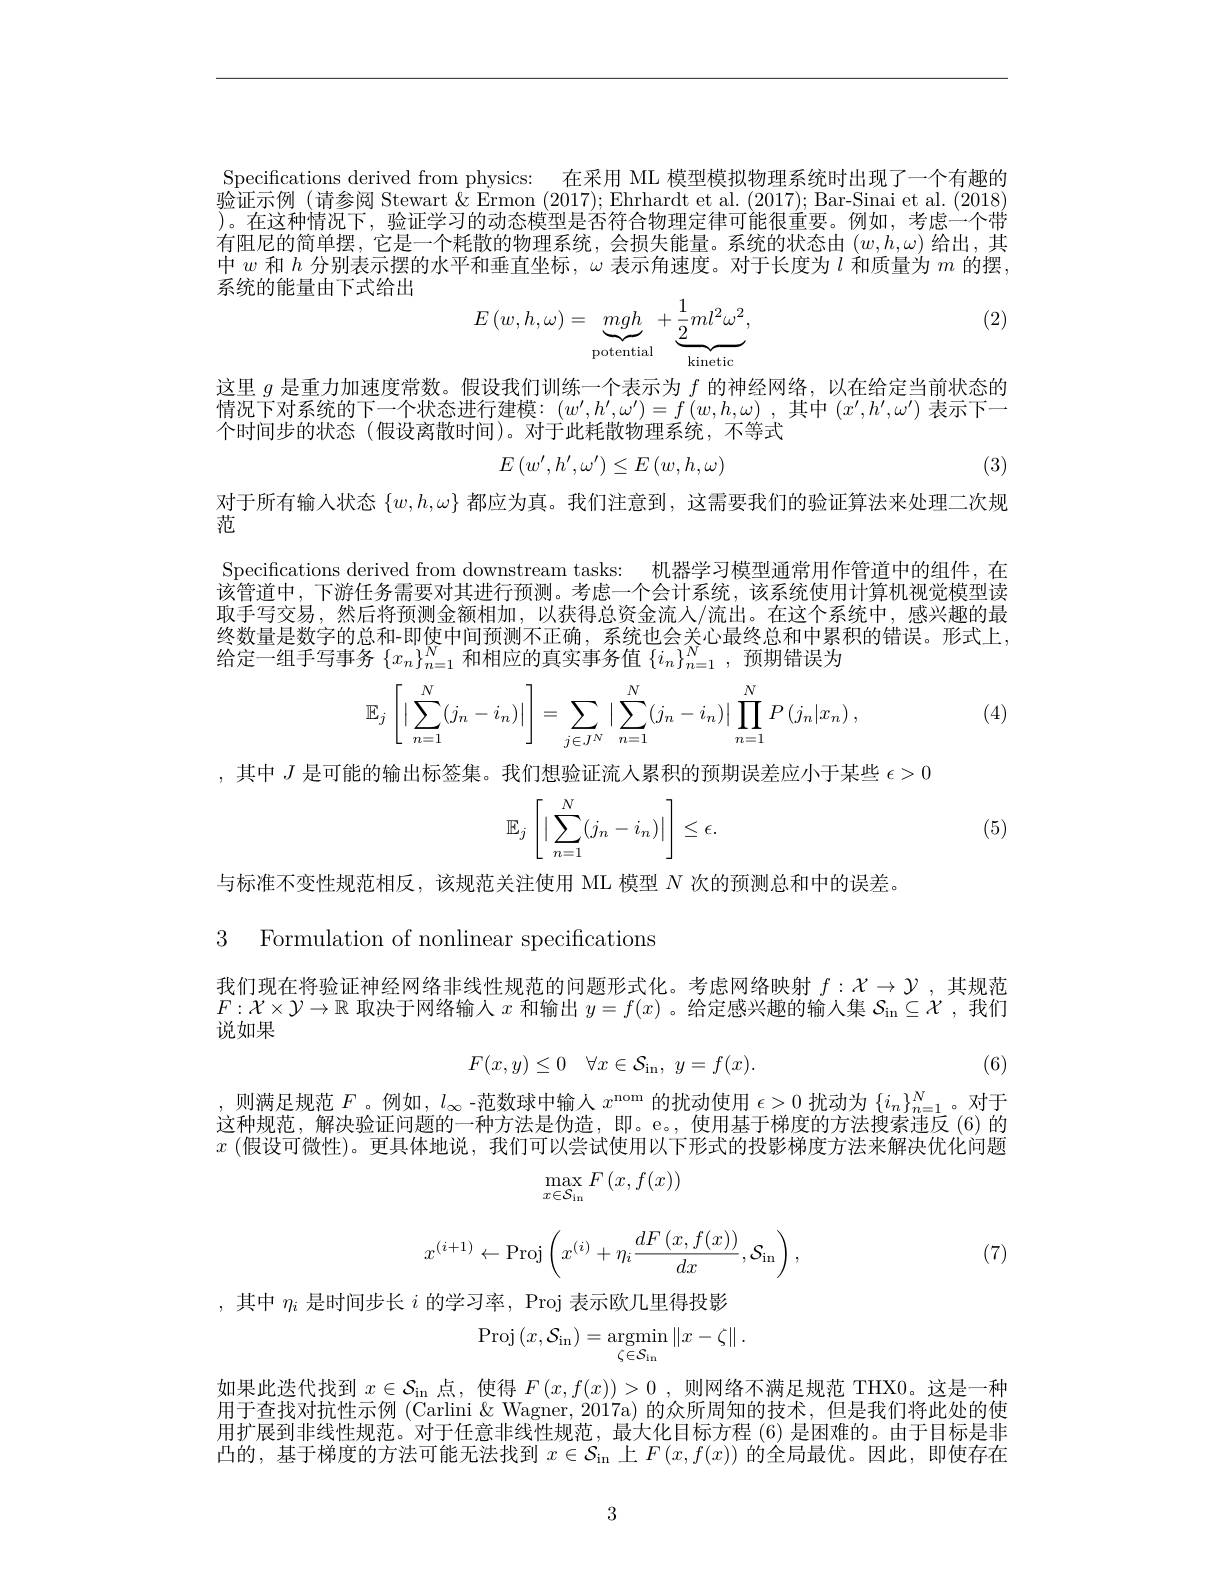
Specifications derived from physics: 在采用 ML 模型模拟物理系统时出现了一个有趣的$\bar{\text{验证示例(请参阅 Stewart\" }}$Ermon (2017);Ehrhardt et al.(2017);Bar-Sinai et al.(2018) )。在这种情况下，验证学习的动态模型是否符合物理定律可能很重要。例如，考虑一个带有阻尼的简单摆，它是一个耗散的物理系统，会损失能量。系统的状态由$(w,h,\omega)$给出，其中$w$和$h$分别表示摆的水平和垂直坐标，$\omega$表示角速度。对于长度为$l$和质量为$m$的摆系统的能量由下式给出

(2)
$$E\left(w,h,\omega\right)=\underbrace{mgh}_{\text{potential}}+\underbrace{\frac{1}{2}ml^{2}\omega^{2}}_{\cdots},$$
这里$g$是重力加速度常数。假设我们训练一个表示为$f$的神经网络，以在给定当前状态的情况下对系统的下一个状态进行建模：$(w^{\prime},h^{\prime},\omega^{\prime})=f\left(w,h,\omega\right)$,其中$\left(x^{\prime},h^{\prime},\omega^{\prime}\right)$表示下一个时间步的状态 (假设离散时间)。对于此耗散物理系统，不等式
$$E\left(w',h',\omega'\right)\leq E\left(w,h,\omega\right)$$
(3)

对于所有输人状态$\{w,h,\omega\}$都应为真。我们注意到，这需要我们的验证算法来处理二次规

范

Specifications derived from downstream tasks: 机器学习模型通常用作管道中的组件，在该管道中，下游任务需要对其进行预测。考虑一个会计系统，该系统使用计算机视觉模型读取手写交易，然后将预测金额相加，以获得总资金流人/流出。在这个系统中，感兴趣的最终数量是数字的总和-即使中间预测不正确，系统也会关心最终总和中累积的错误。形式上， 给定一组手写事务$\{x_n\}_{n=1}^N$和相应的真实事务值$\{i_n\}_n=1^N$,预期错误为
$$\mathbb{E}_j\left[\left|\sum_{n=1}^N(j_n-i_n)\right|\right]=\sum_{j\in J^N}\left|\sum_{n=1}^N(j_n-i_n)\right|\prod_{n=1}^NP\left(j_n|x_n\right),$$
(4)

,其中$J$是可能的输出标签集。我们想验证流人累积的预期误差应小于某些$\epsilon>0$

(5)
$$\mathbb{E}_j\left[\left|\sum_{n=1}^N(j_n-i_n)\right|\right]\leq\epsilon.$$
与标准不变性规范相反，该规范关注使用 ML 模型$N$次的预测总和中的误差。

3 Formulation of nonlinear specifications

我们现在将验证神经网络非线性规范的问题形式化。考虑网络映射$f:\mathcal{X}\to\mathcal{Y}$ ,其规范$F:\mathcal{X}\times\mathcal{Y}\to\mathbb{R}$取决于网络输入$x$和输出$y=f(x)$ 。给定感兴趣的输入集$\mathcal{S} _\mathrm{in}\subseteq \mathcal{X}$ ,我们说如果
$$F(x,y)\leq0\quad\forall x\in\mathcal{S}_{\mathrm{in}},\:y=f(x).$$
(6)

,则满足规范$F$。例如，$l_\infty$ -范数球中输人$x^\mathrm{nom}$的扰动使用$\epsilon>0$扰动为$\{i_n\}_n=1^N$。对于这种规范，解决验证问题的一种方法是伪造，即。e。,使用基于梯度的方法搜索违反(6)的$x\left(\text{假设可微性)。更具体地说，我们可以尝试使用以下形式的投影梯度方法来解决优化问题}\right)$
$$\max_{x\in\mathcal{S}_{\mathrm{in}}}F\left(x,f(x)\right)$$
$$x^{(i+1)}\leftarrow\mathrm{Proj}\left(x^{(i)}+\eta_{i}\frac{dF\left(x,f(x)\right)}{dx},\mathcal{S}_{\mathrm{in}}\right),$$
(7)

,其中$\eta_i$是时间步长$i$的学习率，Proj 表示欧几里得投影
$$\mathrm{Proj}\left(x,\mathcal{S}_{\mathrm{in}}\right)=\underset{\zeta\in\mathcal{S}_{\mathrm{in}}}{\operatorname*{argmin}}\left\|x-\zeta\right\|.$$
如果此迭代找到$x\in\mathcal{S}_\mathrm{in}$点，使得$F(x,f(x))>0$ ,则网络不满足规范 THX0。这是一种用于查找对抗性示例 (Carlini & Wagner, 2017a) 的众所周知的技术，但是我们将此处的使用扩展到非线性规范。对于任意非线性规范，最大化目标方程 (6) 是困难的。由于目标是非凸的，基于梯度的方法可能无法找到$x\in\mathcal{S}_\mathrm{in}$上$F(x,f(x))$的全局最优。因此，即使存在

3